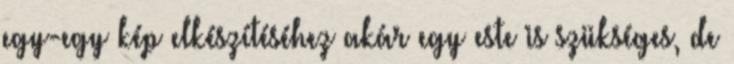
egy-egy kép elkészítéséhez akár egy este is szükséges, de